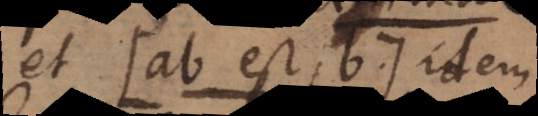
et ab est b idem